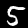
Digit: 5